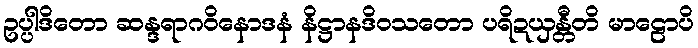
ဥပ္ပါဒိတော ဆန္ဒရာဂဝိနောဒနံ နိဋ္ဌာနဒိဝသတော ပရိဍယှန္တီတိ မာဠောပိ